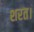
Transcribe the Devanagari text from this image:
शरत।